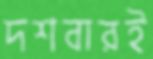
দশবারই